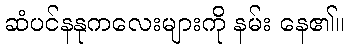
ဆံပင်နနုကလေးများကို နမ်း နေ၏။